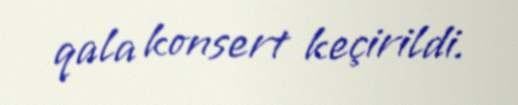
qala konsert keçirildi.